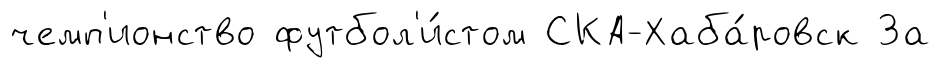
чемп'ионство футбол'и́стом СКА-Хаба́ровск За